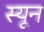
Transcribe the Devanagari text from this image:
स्यून